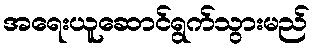
အရေးယူဆောင်ရွက်သွားမည်